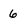
Character: 6